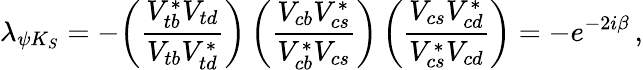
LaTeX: \lambda_{\psi K_{S}}=-\bigg({\frac{V_{tb}^{*}V_{td}}{V_{tb}V_{td}^{*}}}\bigg)\, \bigg({\frac{V_{cb}V_{cs}^{*}}{V_{cb}^{*}V_{cs}}}\bigg)\, \bigg({\frac{V_{cs}V_{cd}^{*}}{V_{cs}^{*}V_{cd}}}\bigg)=-e^{-2i\beta}\, ,